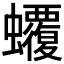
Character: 𧕡